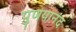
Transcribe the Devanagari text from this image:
पुणयानंद